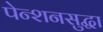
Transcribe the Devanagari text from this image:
पेन्शनसुद्धा